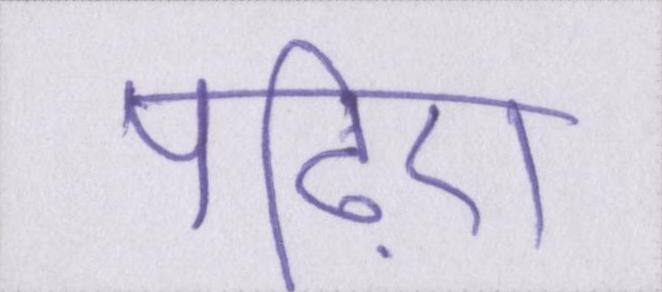
पढ़िए